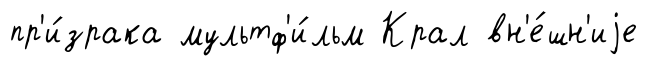
пр'и́зрака мультф'и́льм Крал вн'е́шн'иjе